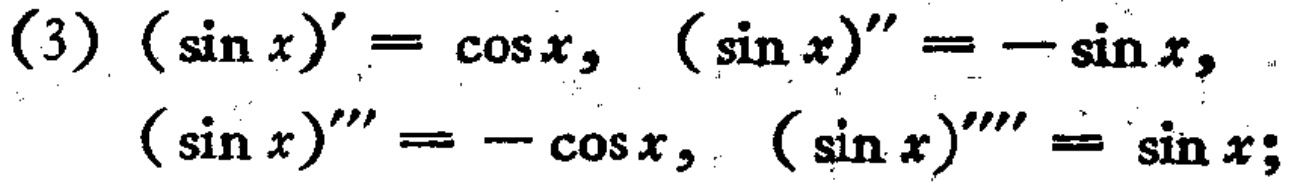
(3) $(\sin x)' = \cos x$, $(\sin x)'' = -\sin x$,
$(\sin x)''' = -\cos x$, $(\sin x)'''' = \sin x$;